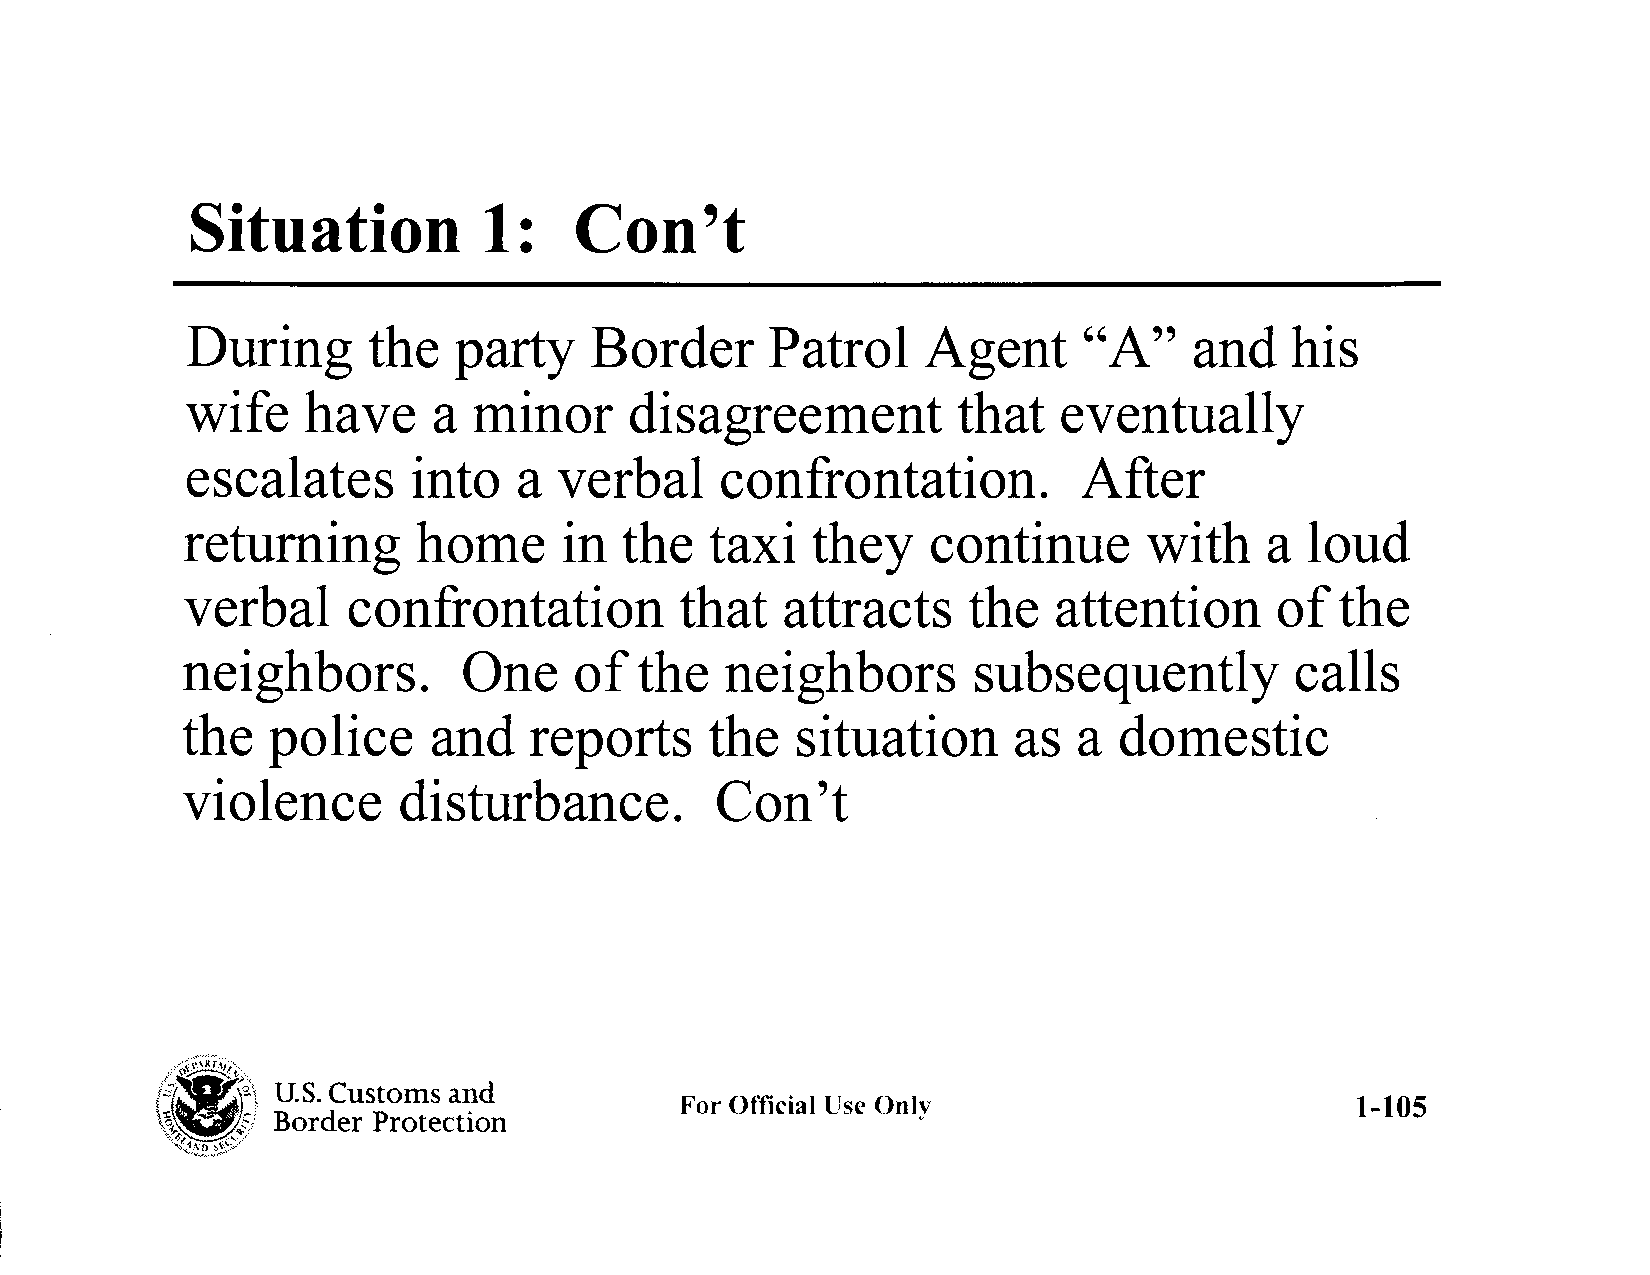
Situation          1:    Con      't
 During      the   party    Border      Patrol    Agent      "A"    and   his
 wife    have     a minor      disagreement         that   eventually
 escalates      into   a  verbal     confrontation.          After
 returning       home     in  the   taxi   they    continue      with    a  loud
 verbal     confrontation         that   attracts    the   attention      of  the
 neighbors.         One    of  the   neighbors       subsequently          calls
 the   police     and   reports     the   situation     as  a  domestic
 violence      disturbance.         Con't
 /;I~~.,,
 d
 ("'~  ~, U.S. Customs an
 For Official lfsc Only                       1-105
 ~-,~~~~S~""' : Border Protection